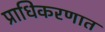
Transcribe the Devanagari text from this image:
प्राधिकरणात